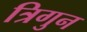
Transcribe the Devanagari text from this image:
त्रिगुन